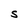
Character: S